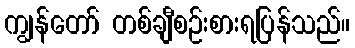
ကျွန်တော် တစ်ချီစဉ်းစားရပြန်သည်။